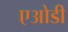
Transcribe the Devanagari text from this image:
एओडी